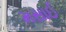
મસાઈ